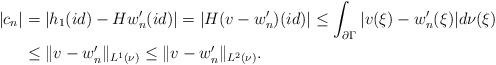
LaTeX: \begin{align*} |c_n|&=|h_1(id)-Hw_n'(id)|=|H(v-w_n')(id)|\leq \int_{\partial\Gamma} |v(\xi)-w_n'(\xi)|d\nu(\xi)\\ &\leq \|v-w_n'\|_{L^1(\nu)}\leq \|v-w_n'\|_{L^2(\nu)}. \end{align*}